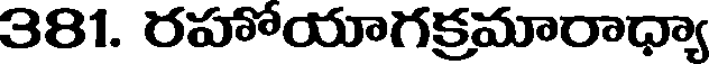
381. రహోయాగక్రమారాధ్యా